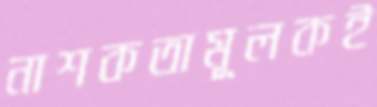
নাশকতামূলকই